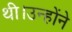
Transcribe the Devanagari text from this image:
थी।उन्होंने